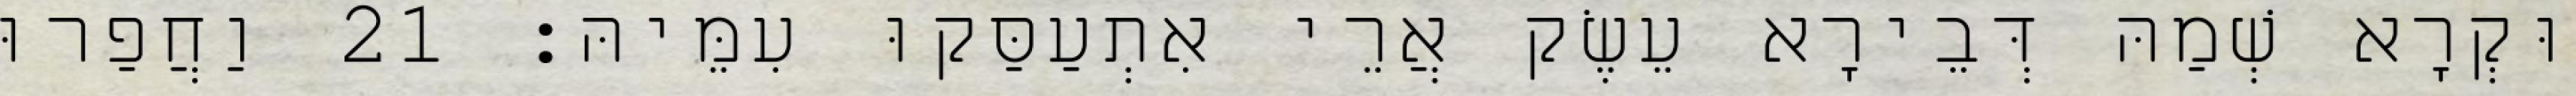
וּקְרָא שְׁמַהּ דְּבֵירָא עֵשֶׂק אֲרֵי אִתְעַסַּקוּ עִמֵּיהּ׃ 21 וַחֲפַרוּ